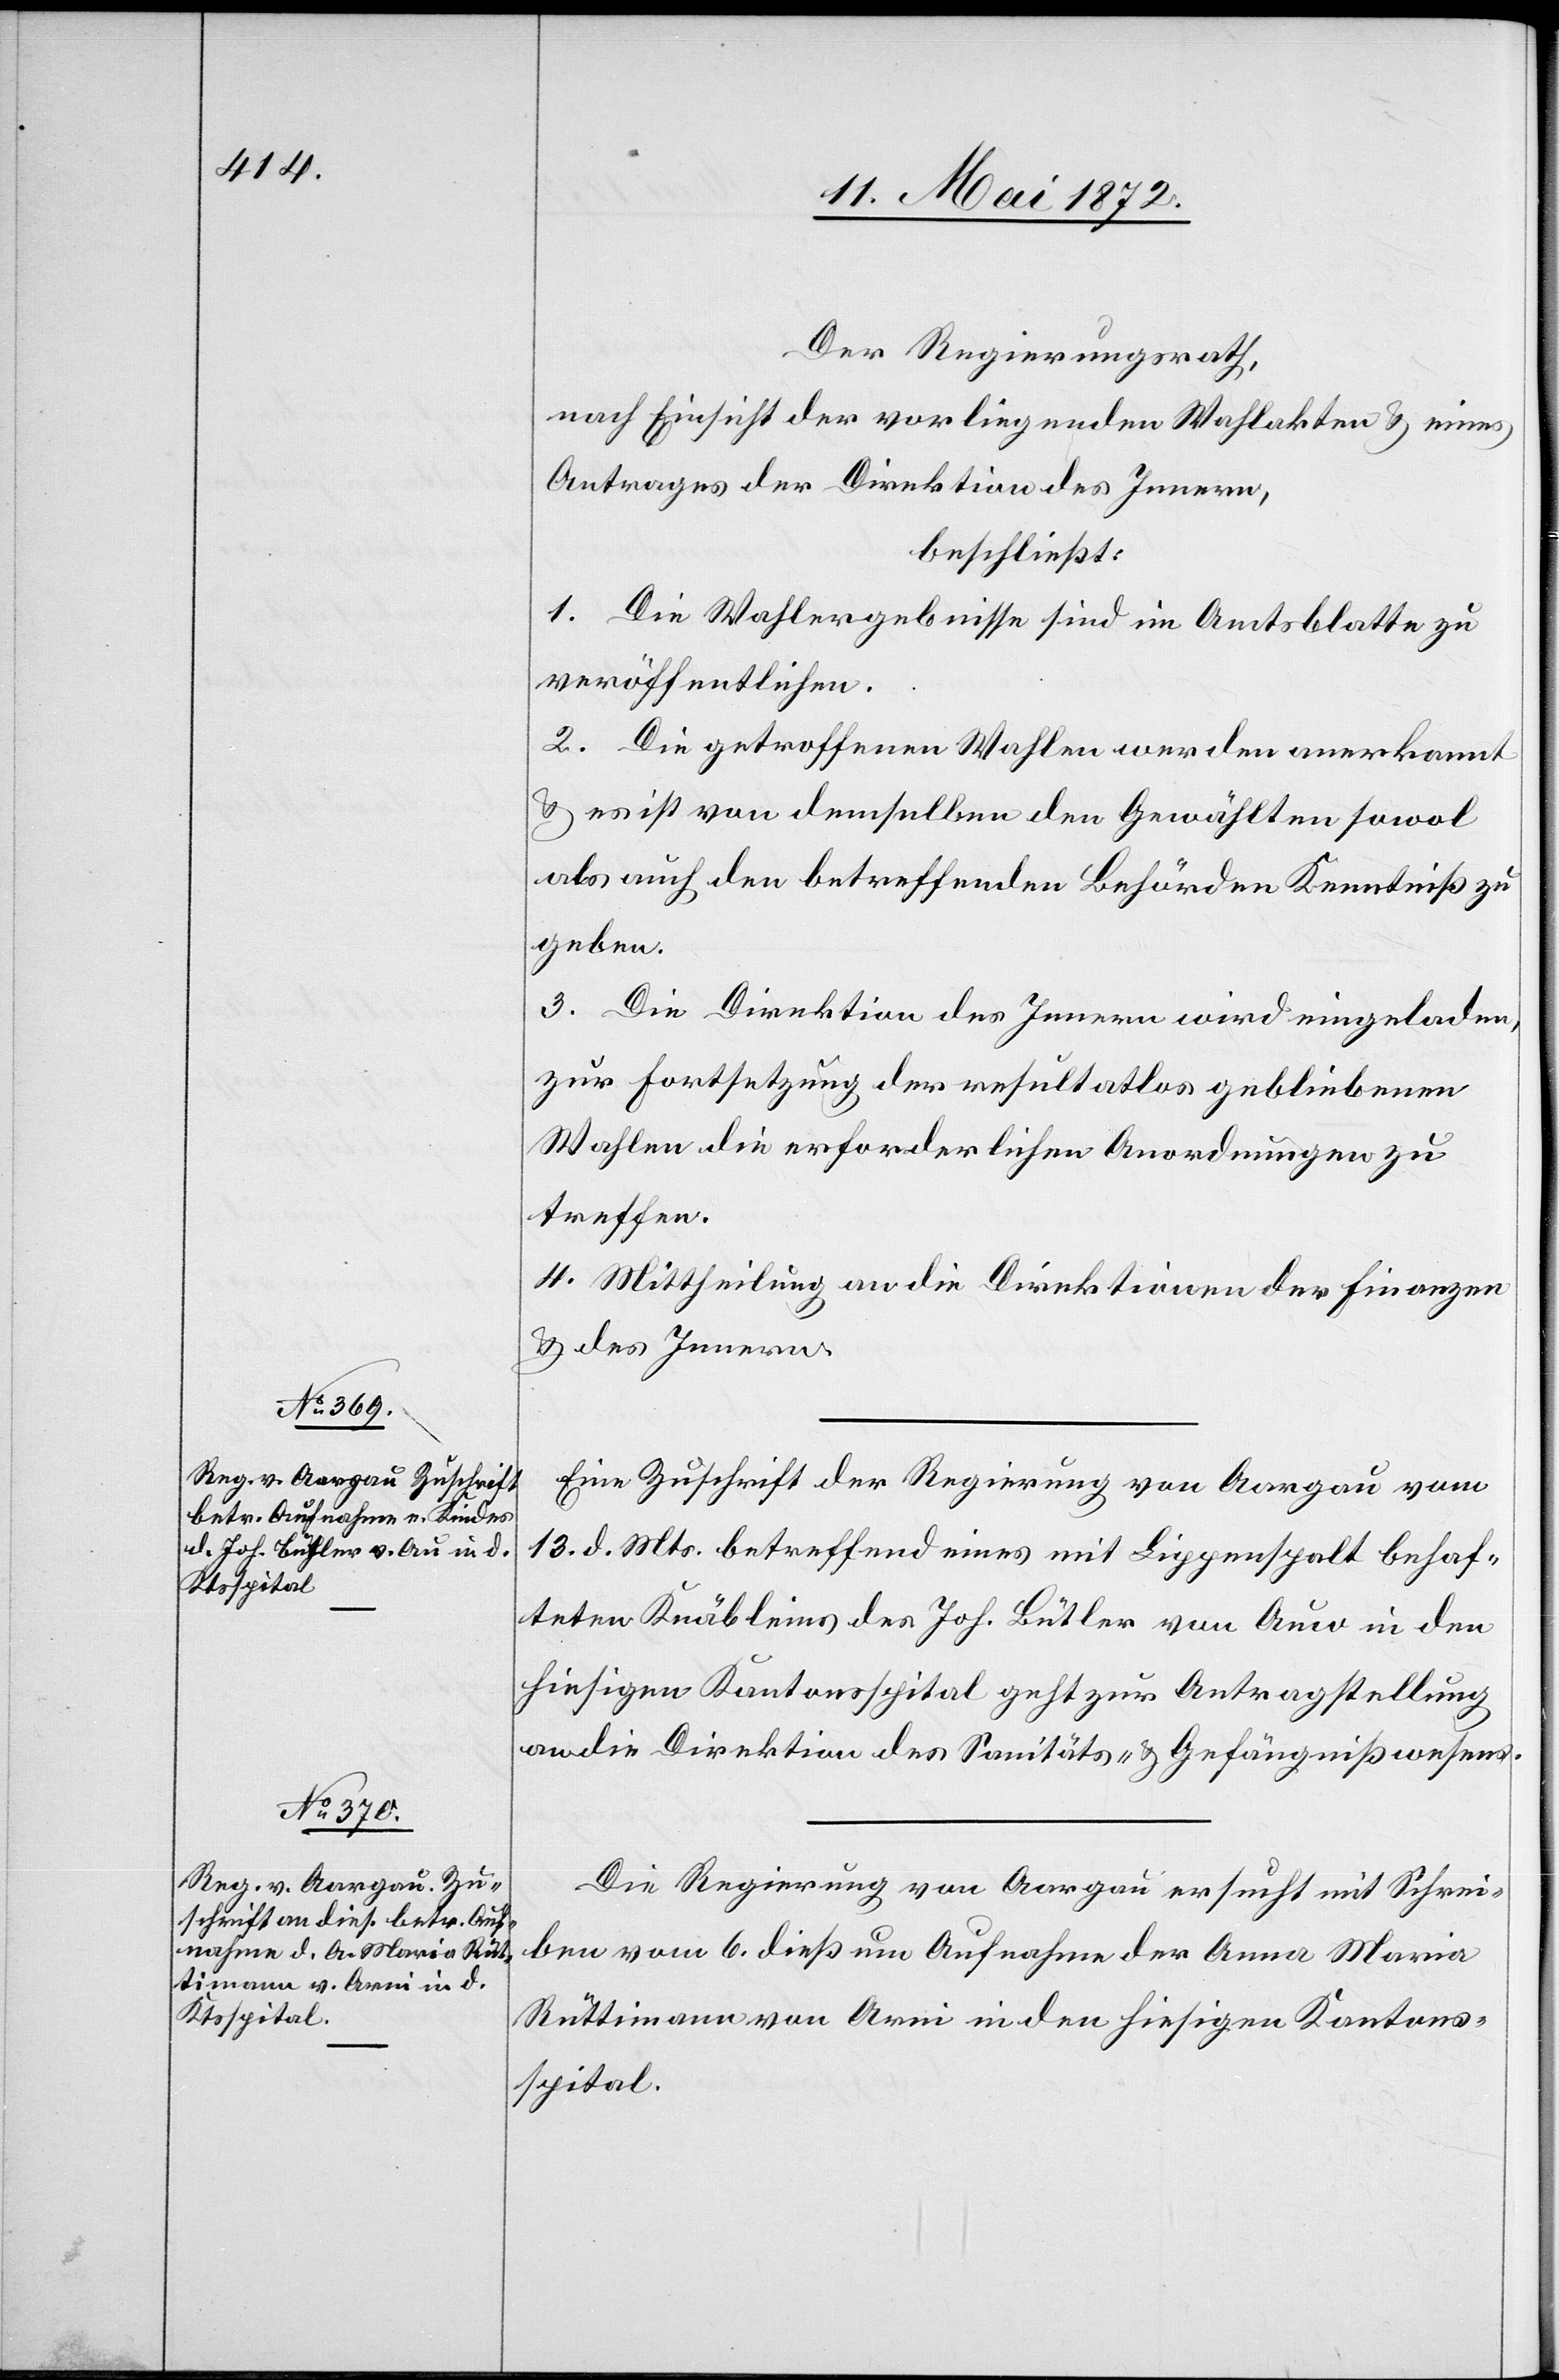
15. Mai 1872.]
Der Regierungsrath,
nach Einsicht der vorliegenden Wahlakten u. eines
Antrages der Direktion des Innern,
beschließt:
1. Die Wahlergebnisse sind im Amtsblatte zu
veröffentlichen.
2. Die getroffenen Wahlen werden anerkannt
u. es ist von demselben den Gewählten sowol
als auch den betreffenden Behörden Kenntniß zu
geben.
3. Die Direktion des Innern wird eingeladen,
zur Fortsetzung der resultatlos gebliebenen
Wahlen die erforderlichen Anordnungen zu
treffen.
4. Mittheilung an die Direktionen der Finanzen
u. des Innern.
Eine Zuschrift der Regierung von Aargau vom
13. d. Mts. betreffend eines mit Lippenspalt behaf¬
teten Knäbleins des Joh. Bütler von Auw in den
hiesigen Kantonsspital geht zur Antragstellung
an die Direktion des Sanitäts- u. Gefängnißwesens.
Die Regierung von Aargau ersucht mit Schrei¬
ben vom 6. dieß um Aufnahme der Anna Maria
Rüttimann von Arni in den hiesigen Kantons¬
spital.